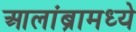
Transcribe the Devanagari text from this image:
आलांब्रामध्ये